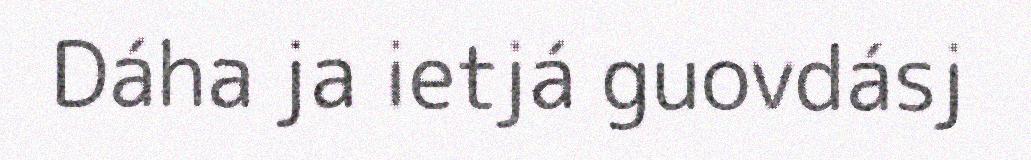
Dáha ja ietjá guovdásj